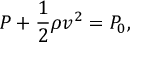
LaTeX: P + { \frac { 1 } { 2 } } \rho v ^ { 2 } = P _ { 0 } ,